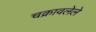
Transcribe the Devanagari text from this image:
चक्रावलेले